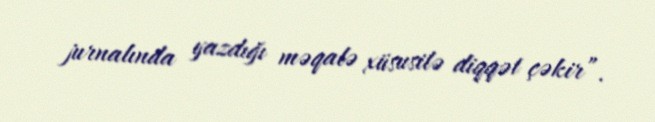
jurnalında yazdığı məqalə xüsusilə diqqət çəkir”.